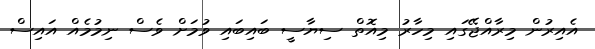
އެއިރުން މިރާއްޖޭގައި މިހާރު މިއޮތް ސިޔާސީ ބައިބައި ވުމަށް ވެސް ނިމުމެެއް އައިސް